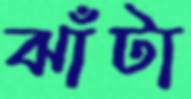
ঝাঁটা